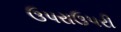
ઉપરાઉપરી